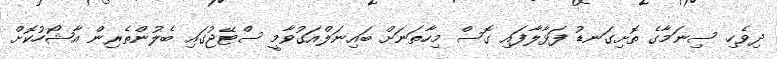
ދިވެހި ސިނަމާގެ ތޮށިގަނޑު ފަޅާލާފައި ގޮސް މިހާތަނަށް ބައިނަލްއަގުވާމީ ސްޓޭޖުގައި ބެލުންތެރިން އާޝޯހުކޮށް